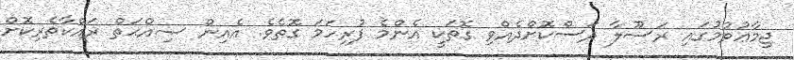
ޖިމާޢުވުމުގައި ރަސޫލާ ދަސްކޮށްދެއްވި ގޮތަކީ އެންމެ ފުރިހަމަ ގޮތެވެ. އެއިން ޞިއްޙަތް ރައްކާތެރިކޮށް